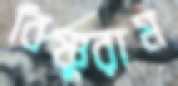
বিষ্ণুরাম